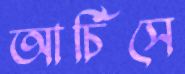
আর্চিসে